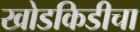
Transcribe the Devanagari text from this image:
खोडकिडीचा